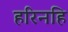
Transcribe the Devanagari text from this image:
हरिनहि